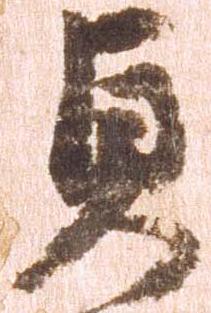
貞